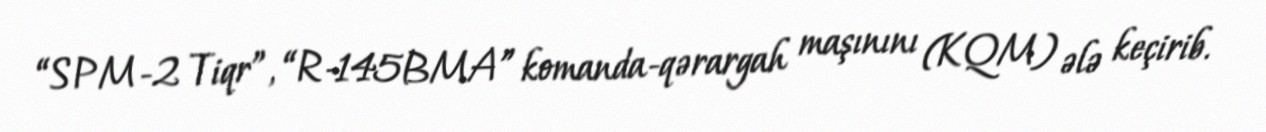
“SPM-2 Tiqr”, “R-145BMA” komanda-qərargah maşınını (KQM) ələ keçirib.